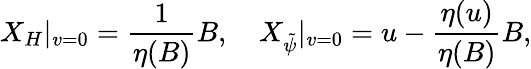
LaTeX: X_{H}|_{v=0}=\frac{1}{\eta(B)}B,\quad X_{\tilde{\psi}}|_{v=0}=u-\frac{\eta(u)}{\eta(B)}B,